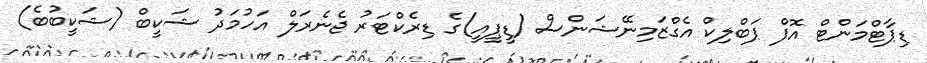
ޑިޕާޓްމަންޓް އޮފް ޕަބްލިކް އެގްޒަމިނޭޝަންސް (ޑީޕީއީ)ގެ ޑިރެކްޓަރު ޖެނެރަލް އަހުމަދު ޝަކީބް (ޝަކީބުބެ)